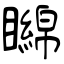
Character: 矊